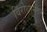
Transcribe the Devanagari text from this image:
विरोधानंतर